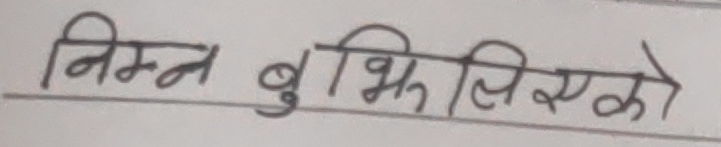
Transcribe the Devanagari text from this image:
निम्न बुझिएको